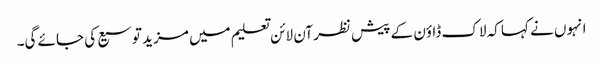
انہوں نے کہا کہ لاک ڈاؤن کے پیش نظر آن لائن تعلیم میں مزید توسیع کی جائے گی۔